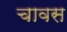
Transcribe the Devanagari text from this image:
चावस